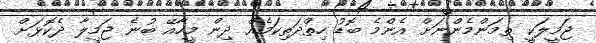
ޖަމީލަކީ ތިމަންމެންނަށް އެންމެ ބޮޑު ހިތްދަތިކަމެއް ދިން މީހާއޭ ބުނެ ޖަމީލާ ދެކޮޅަށް